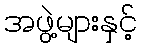
အဖွဲ့များနှင့်